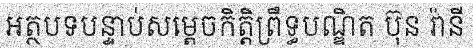
អត្ថបទបន្ទាប់សម្តេចកិត្តិព្រឹទ្ធបណ្ឌិត ប៊ុន រ៉ានី